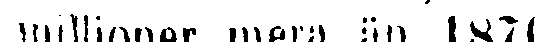
millioner mera än 1870.